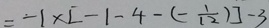
= - 1 \times [ - 1 - 4 - ( - \frac { 1 } { 1 2 } ) ] - 3